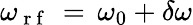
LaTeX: \omega_{\mathrm{~r~f~}}\, =\, \omega_{0}+\delta\omega